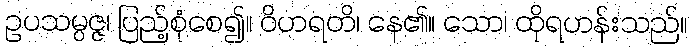
ဥပသမ္ပဇ္ဇ၊ ပြည့်စုံစေ၍။ ဝိဟရတိ၊ နေ၏။ သော၊ ထိုရဟန်းသည်။